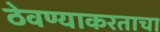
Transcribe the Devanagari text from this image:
ठेवण्याकरताचा